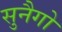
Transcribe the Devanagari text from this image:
सुनैगो